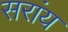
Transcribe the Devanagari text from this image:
सरांय